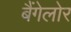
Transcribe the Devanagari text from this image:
बैंगेलोर